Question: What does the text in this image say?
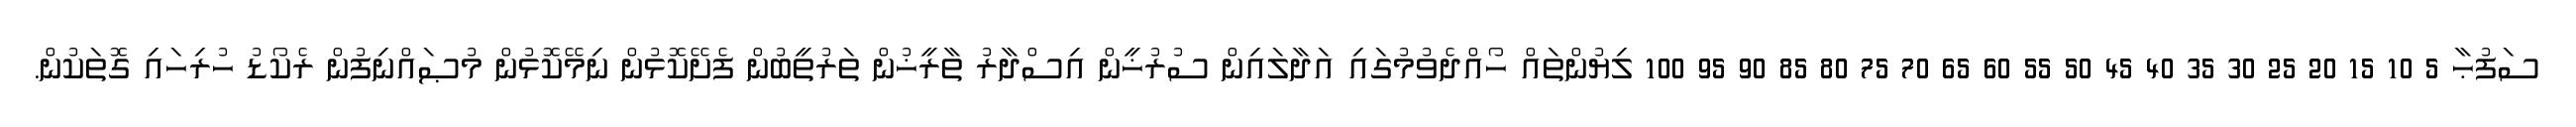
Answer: ސަފުޙާ 5 10 15 20 25 30 35 40 45 50 55 60 65 70 75 80 85 90 95 100 ލިޔުންތައް ހޯއްދެވުމުގައި އަދާލައިން ސުރުޚީން އިސްދާރު ތާރީޚުން ތަރުތީބުން ފެށޭކޮޅުން ނިމޭކޮޅުން މުޞައްނިފުން ރެކޯޑު ހުރިހައި ގޮތަކުން.